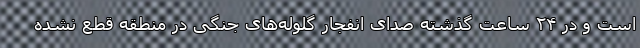
است و در ۲۴ ساعت گذشته صدای انفجار گلوله‌های جنگی در منطقه قطع نشده